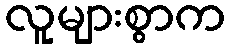
လူများစွာက